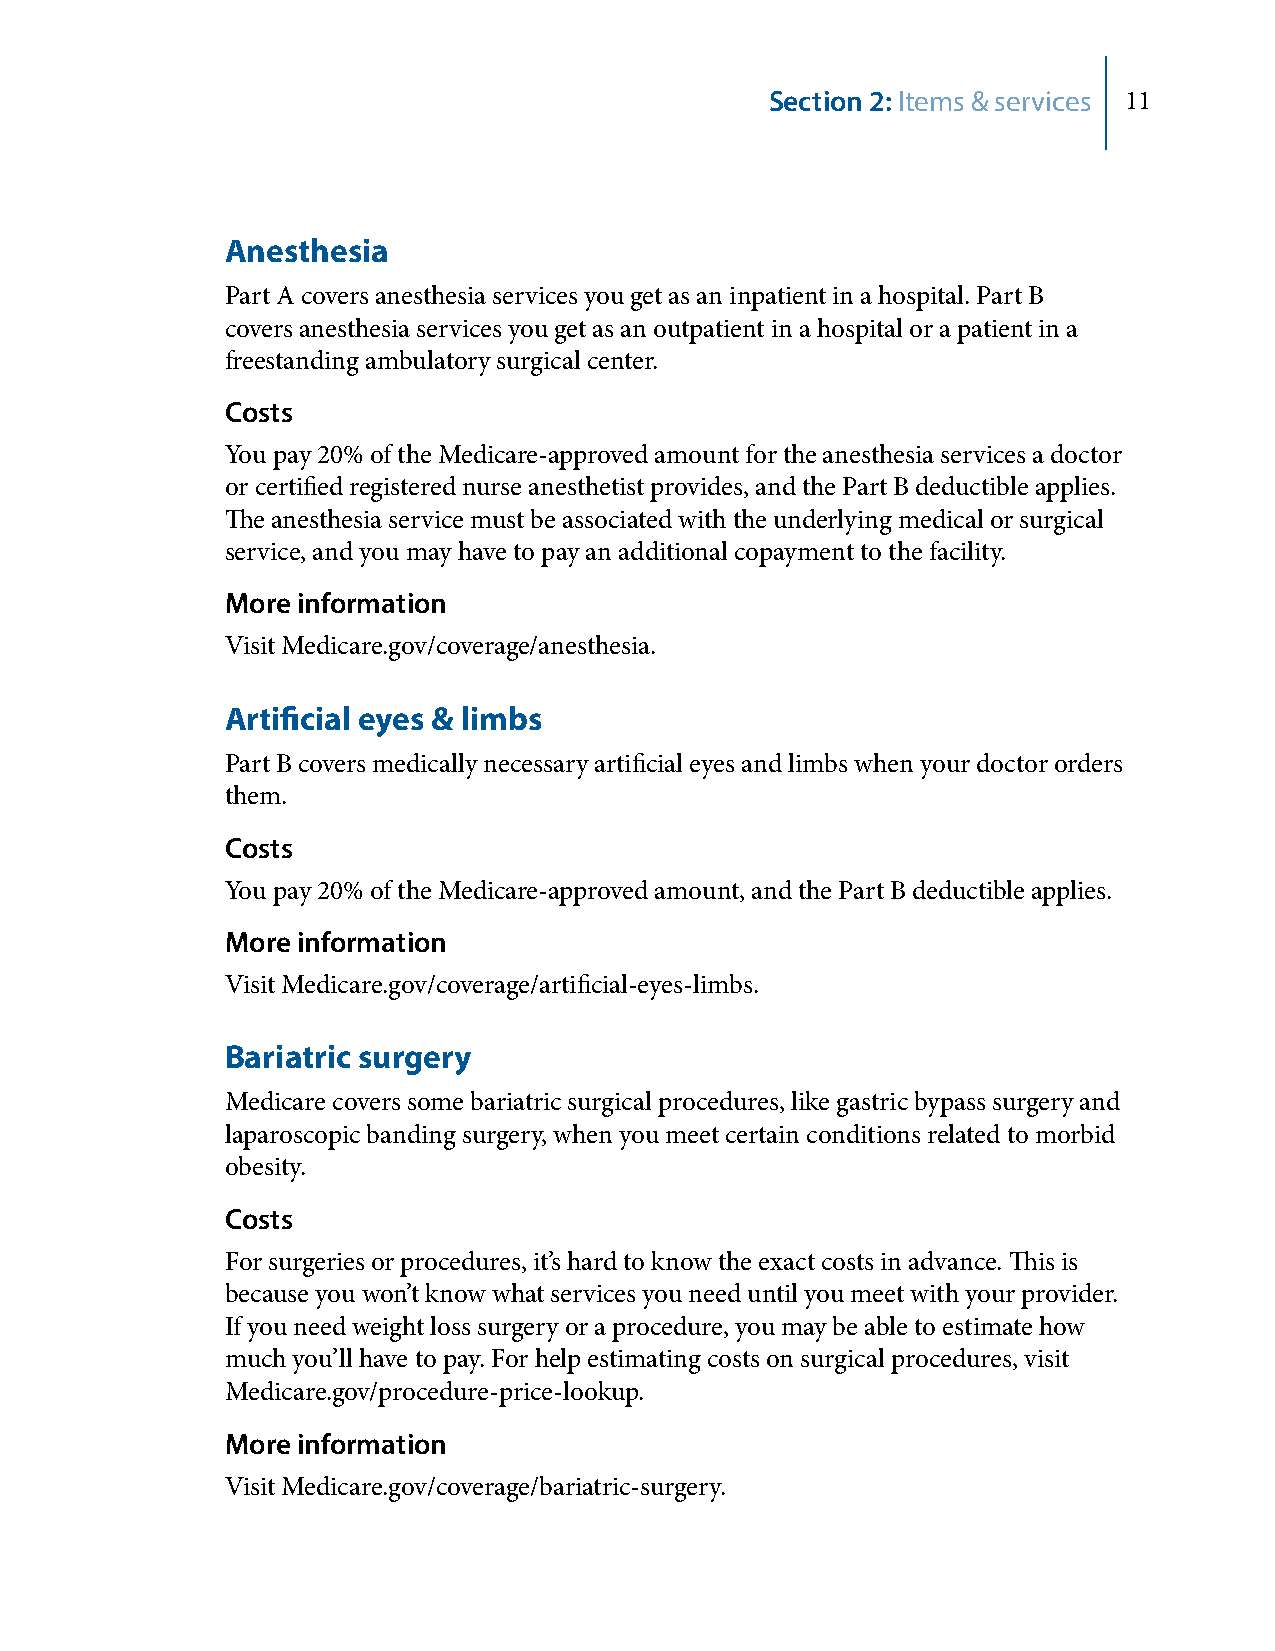
Section 2: Items & services 11
 Anesthesia
 Part A covers anesthesia services you get as an inpatient in a hospital. Part B
 covers anesthesia services you get as an outpatient in a hospital or a patient in a
 freestanding ambulatory surgical center.
 Costs
 You pay 20% of the Medicare-approved amount for the anesthesia services a doctor
 or certified registered nurse anesthetist provides, and the Part B deductible applies.
 The anesthesia service must be associated with the underlying medical or surgical
 service, and you may have to pay an additional copayment to the facility.
 More information
 Visit Medicare.gov/coverage/anesthesia.
 Artificial eyes & limbs
 Part B covers medically necessary artificial eyes and limbs when your doctor orders
 them.
 Costs
 You pay 20% of the Medicare-approved amount, and the Part B deductible applies.
 More information
 Visit Medicare.gov/coverage/artificial-eyes-limbs.
 Bariatric surgery
 Medicare covers some bariatric surgical procedures, like gastric bypass surgery and
 laparoscopic banding surgery, when you meet certain conditions related to morbid
 obesity.
 Costs
 For surgeries or procedures, it’s hard to know the exact costs in advance. This is
 because you won’t know what services you need until you meet with your provider.
 If you need weight loss surgery or a procedure, you may be able to estimate how
 much you’ll have to pay. For help estimating costs on surgical procedures, visit
 Medicare.gov/procedure-price-lookup.
 More information
 Visit Medicare.gov/coverage/bariatric-surgery.